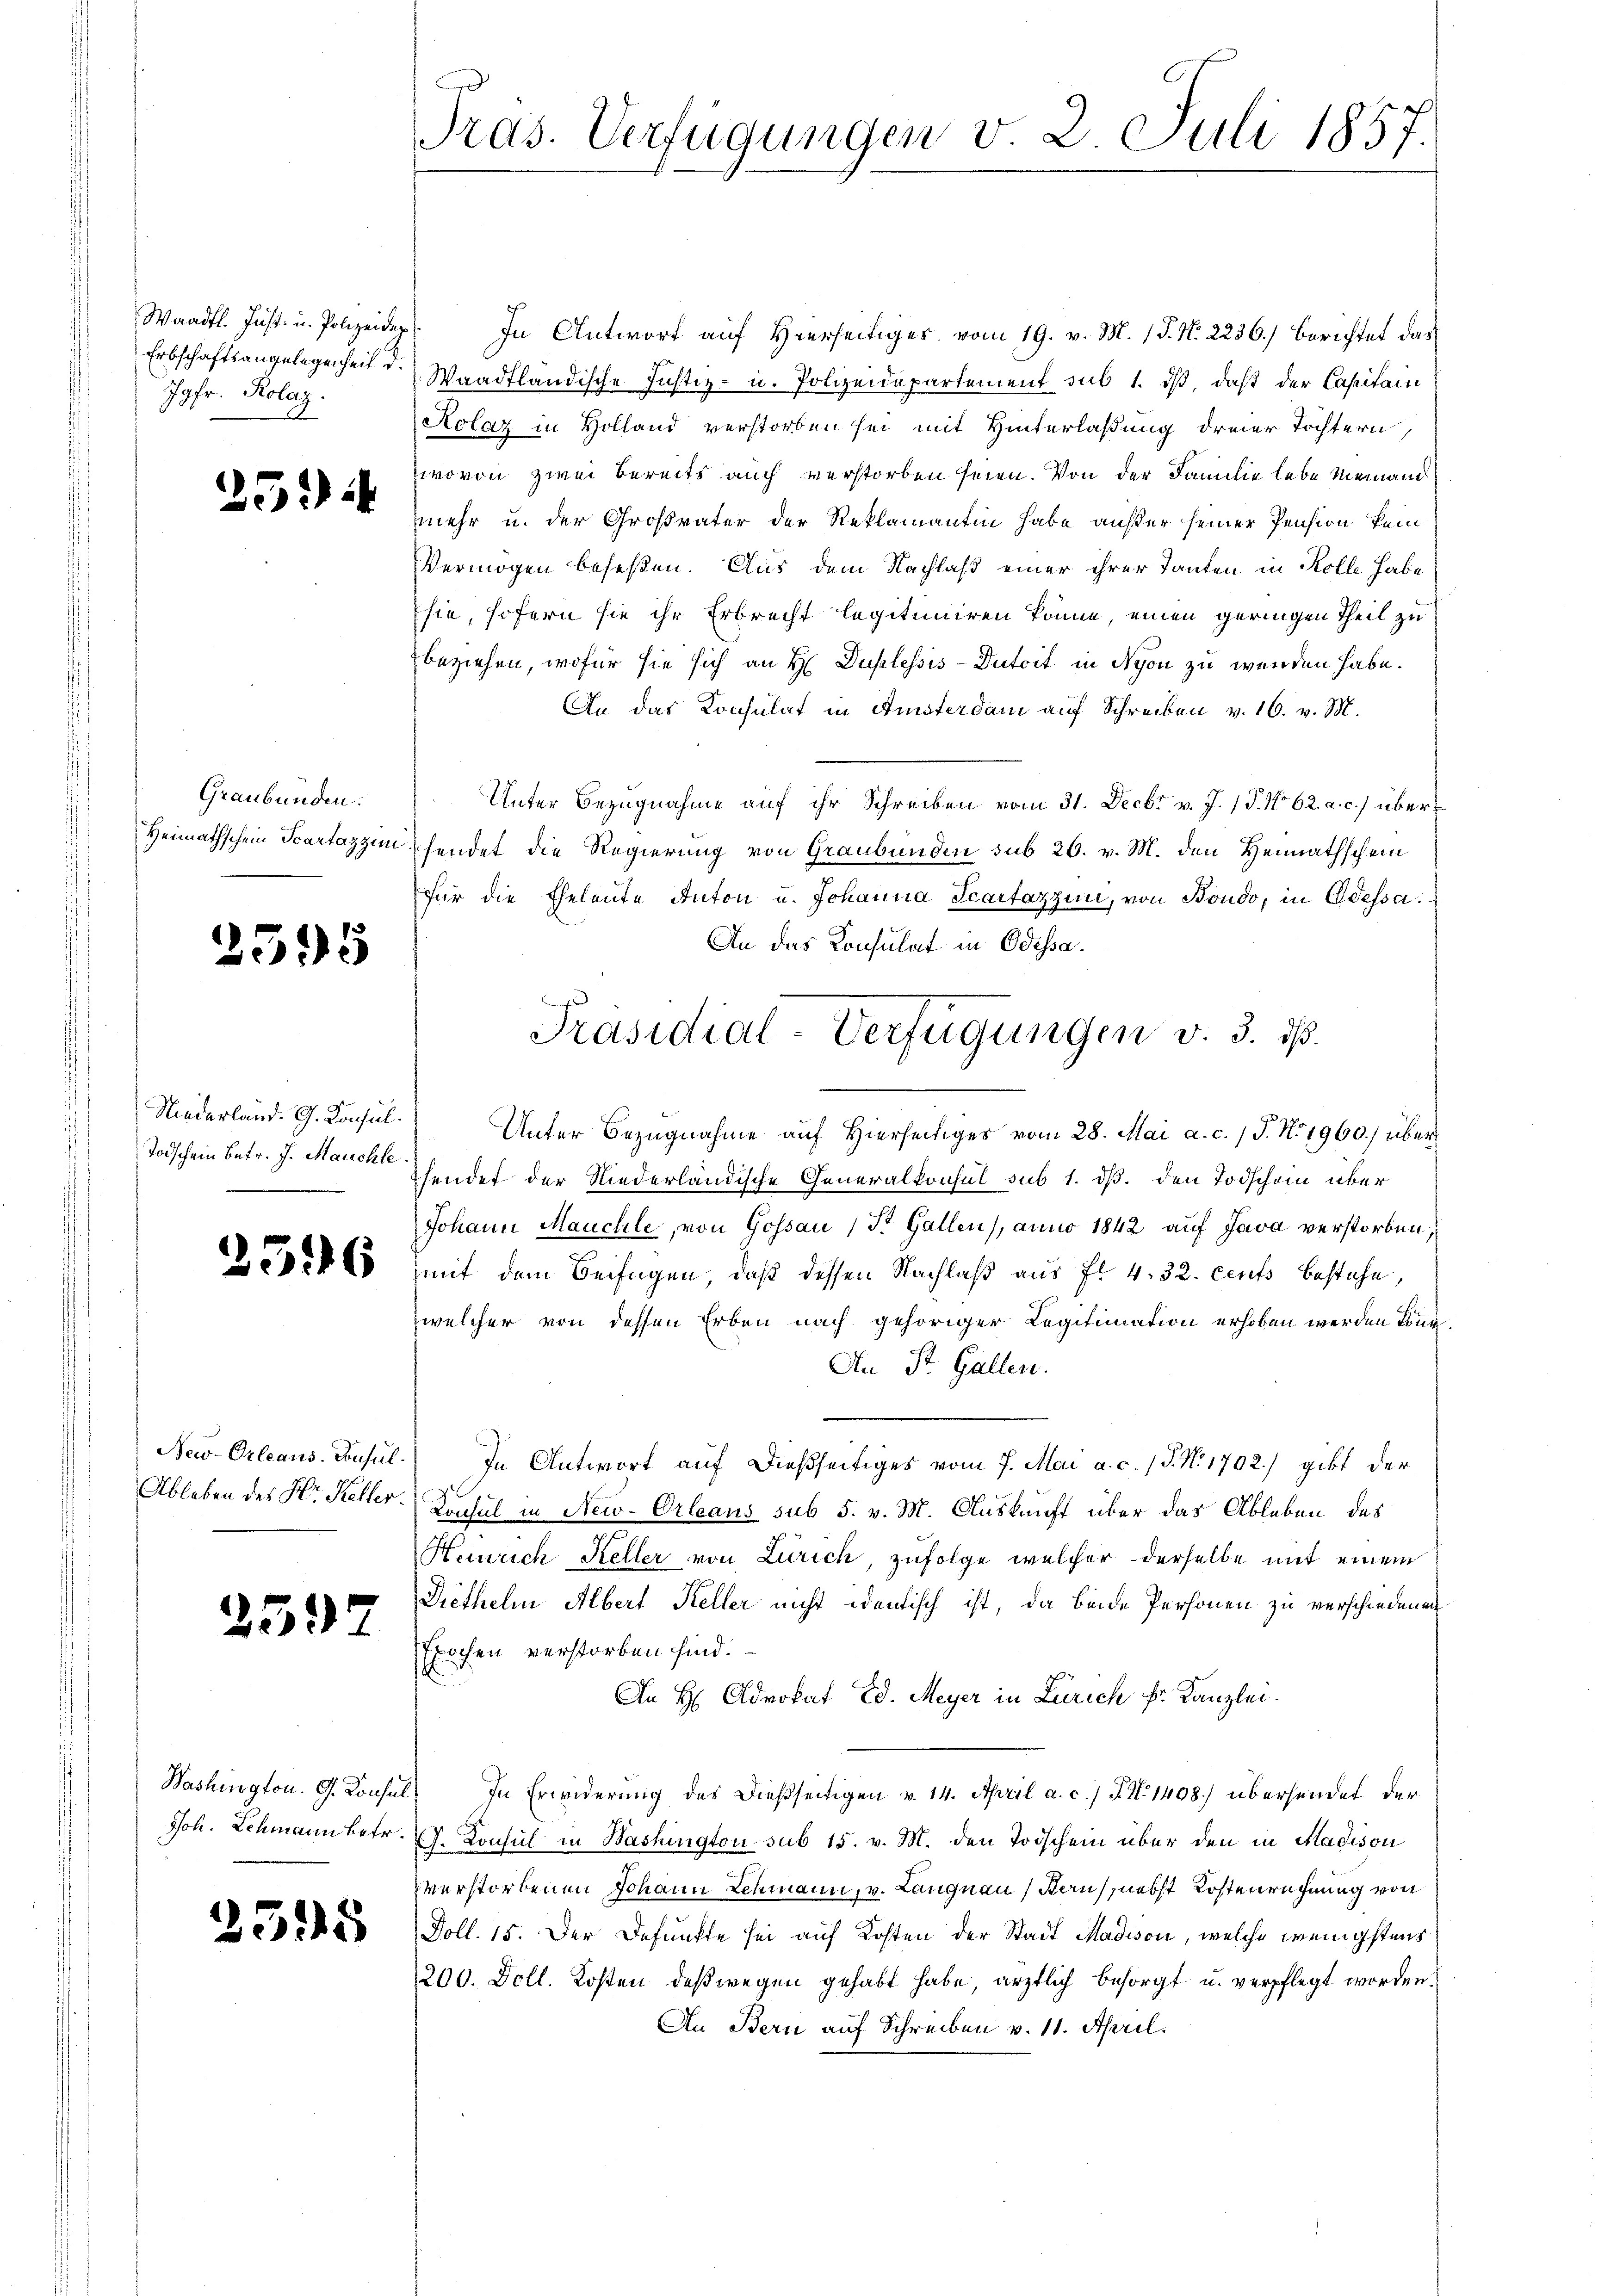
Jgfr. Rolaz.
2

259

Graubünden.

2595

Niederland. G. Konsul
Todschein Betr. J. Maichle

.

2397

33

Waadt. Just u. Polizeiden. In Antwort auf Hierseitiger vom 19. v. M. P. N. 2236.) Berichtet das
Erbschaftsangelegenheit d. Waadtländische Justiz- u. Polizeidepartement sub 1. ds, daß der Capitain
Kolaz in Holland verstorben sei mit Hinterlaßung dreier Töchtern
wovon zwei bereits auch verstorben seien. Von der Familie lebe niemand
mehr u. der Großväter der Reklamantin habe außer seiner Pension kein
Vermögen beseßen. Aus dem Nachlaß einer ihrer Tanten in Kolle habe
sie, sofern sie ihr Erbrecht legitimiren könne, einen geringen Theil zu
beziehen, wofür sie sich an H Duplessis-Dutoit in Nyon zu werden habe.
An das Konsulat in Amsterdam auf Schreiben v. 16. v. M.
Unter Bezugnahme auf ihr Schreiben vom 31. Decbr v. J. 18. No 62. a. c.) über¬
Heimathschein Scartazzinsendet die Regierung von Graubünden sub 26. v. M. den Heimathschein
für die Eheleute Anton u. Johanna Scartazzin, von Bondo, in Odessa
An das Konsulat in Odessa¬
.
Unter Bezugnahme auf Hierseitiges vom 28. Mai a. c. / J. No. 1960.) über
hendet der Niederländische Generalkonsul sub 1. dß. den Todschein über
Johann Mauchle, von Gossau (St. Gallen), anno 1842 auf Java verstorben,
i 60 mit dem Beifügen, daß dessen Nachlaß aus fr. 4. 32. cens bestehe,
welcher von dessen Erben nach gehöriger Legitimation erhoben werden könne.
An St. Gallen.
New-Orleaus. Consul. In Antwort auf dießseitiges vom 7. Mai a. c. J. N. 1702) gibt der
Ableben der Hr. Keller. Consul in New-Orleaus sub 5. v. M. Auskunft über das Ableben des
Heinrich Keller von Zürich, zufolge welcher derselbe mit einem
Diethelm Albert Keller nicht identisch ist, da beide Personen zu verschiedenen
Epochen verstorben sind.
An H Advokat Ed. Meyer in Zürich Fr. Kanzlei.
Washington. G. Konsul, In Erwiderung des Dießseitigen v. 14. April a. c. J. No 1408) übersendet der
Joh. Schmann betr. C. Konsul in Washington sub 15. v. M. den Todschein über den in Madison
verstorbenen Johann Lehmann, v. Langnau, Kauf nebst Kostenrechnung von
 Doll. 15. Der Befunkte sei auf Kosten der Stadt Madion, welche wenigstens
200. Doll. Kosten deßwegen gehabt habe, ärztlich besorgt u. verpflegt worden.
An Bern auf Schreiben v. 11. April.

Pras. Verfügungen v. 2. Juli 1857.

Präsidial-Verfügungen v. 3. ds.